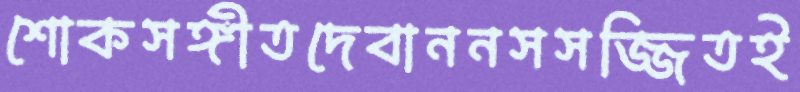
শোকসঙ্গীতদেবাননসসজ্জিতই